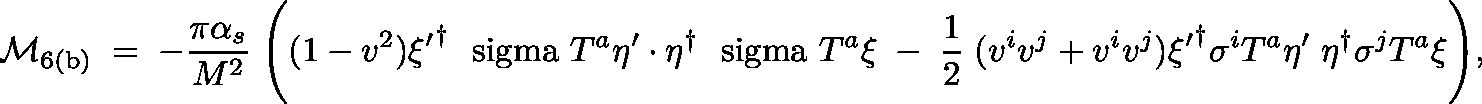
{ \cal M } _ { \mathrm { 6 ( b ) } } \; = \; - { \frac { \pi \alpha _ { s } } { M ^ { 2 } } } \; \Bigg ( ( 1 - v ^ { 2 } ) { \xi ^ { \prime } } ^ { \dagger } \mathrm { \boldmath ~ \ s i g m a ~ } T ^ { a } \eta ^ { \prime } \cdot \eta ^ { \dagger } \mathrm { \boldmath ~ \ s i g m a ~ } T ^ { a } \xi \; - \; { \frac { 1 } { 2 } } \; ( v ^ { i } v ^ { j } + v ^ { i } v ^ { j } ) { \xi ^ { \prime } } ^ { \dagger } \sigma ^ { i } T ^ { a } \eta ^ { \prime } \; \eta ^ { \dagger } \sigma ^ { j } T ^ { a } \xi \Bigg ) ,